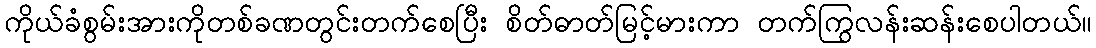
ကိုယ်ခံစွမ်းအားကိုတစ်ခဏတွင်းတက်စေပြီး စိတ်ဓာတ်မြင့်မားကာ တက်ကြွလန်းဆန်းစေပါတယ်။